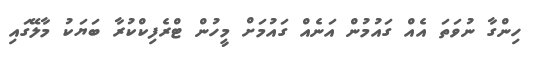
ހިންގާ ނުވަތަ އެއް ގައުމުން އަނެއް ގައުމަށް މީހުން ޓްރެފިކްކުރާ ބަޔަކު މާލޭގައި